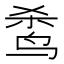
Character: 𬸌